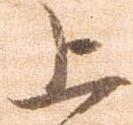
上